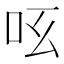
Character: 𠯝